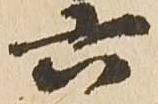
六